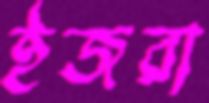
ইজরা